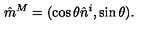
\hat { m } ^ { M } = ( \cos \theta \hat { n } ^ { i } , \sin \theta ) .